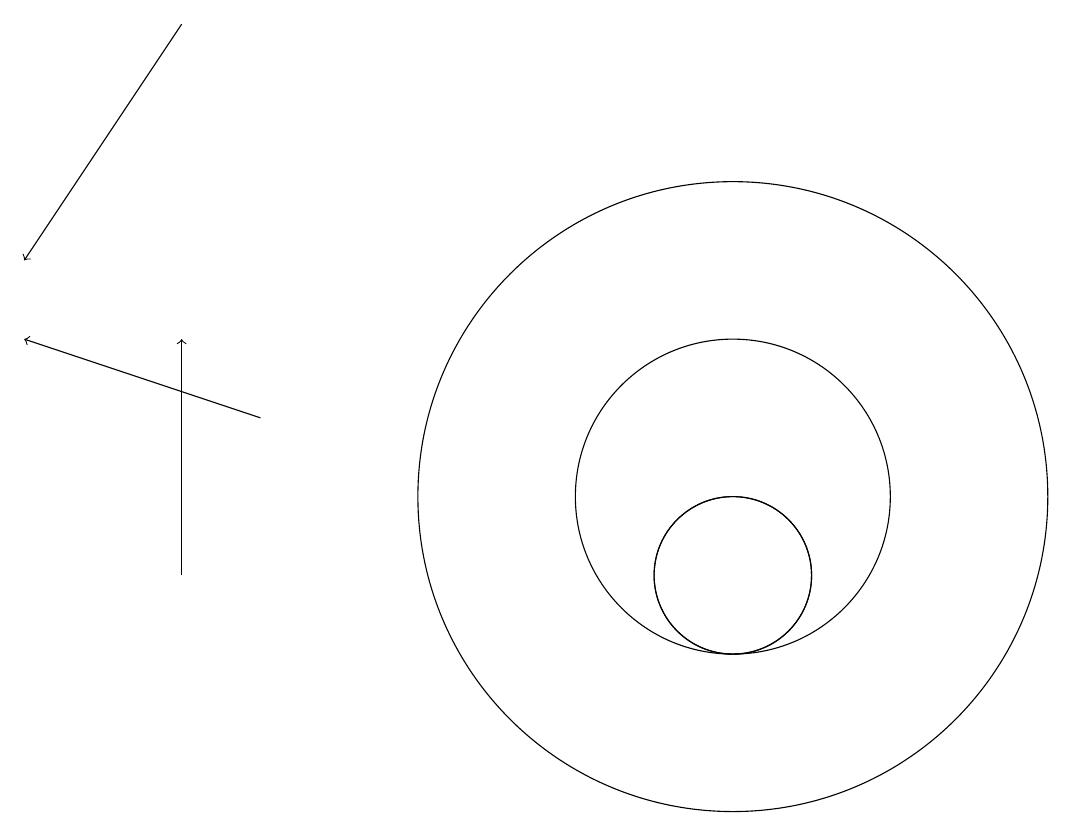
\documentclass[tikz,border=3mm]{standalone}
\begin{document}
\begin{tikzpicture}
\draw (10,10) circle (1);
\draw (10,10) circle (1);
\draw[->] (3,17) -- (1,14);
\draw[->] (3,10) -- (3,13);
\draw[->] (4,12) -- (1,13);
\draw (10,11) circle (2);
\draw (10,11) circle (4);
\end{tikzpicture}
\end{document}